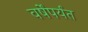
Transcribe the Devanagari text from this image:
वर्षेंपर्यंत